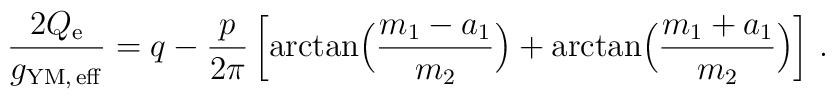
{2Q_{\rm e}\over g_{\rm YM,\, eff}} = q-{p\over 2\pi} \left[ \arctan  \Bigl( {m_{1}-a_{1}\over m_{2}}\Bigr) + \arctan \Bigl( {m_{1}+a_{1}\over m_{2}}\Bigr) \right]\, .